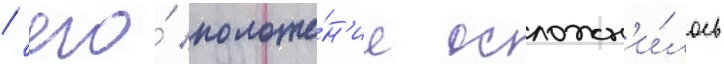
/ его́ положе́н'ие осложн'и́лось